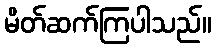
မိတ်ဆက်ကြပါသည်။